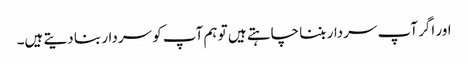
اور اگر آپ سردار بننا چاہتے ہیں تو ہم آپ کو سردار بنا دیتے ہیں۔